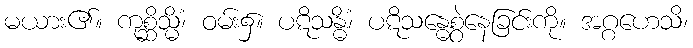
မယား၏။ ကုစ္ဆိသ္မိံ၊ ဝမ်း၌။ ပဋိသန္ဓိံ၊ ပဋိသန္ဓေစွဲနေခြင်းကို။ အဂ္ဂဟေသိ၊